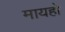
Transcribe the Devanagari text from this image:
मायहो